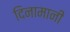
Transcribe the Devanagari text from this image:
दिनामानी